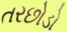
તરછોડો